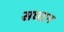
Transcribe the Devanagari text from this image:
सघटन